Annual report on the working of the mental hospitals in the Madras Presidency - 1912-1932
Year: 1912
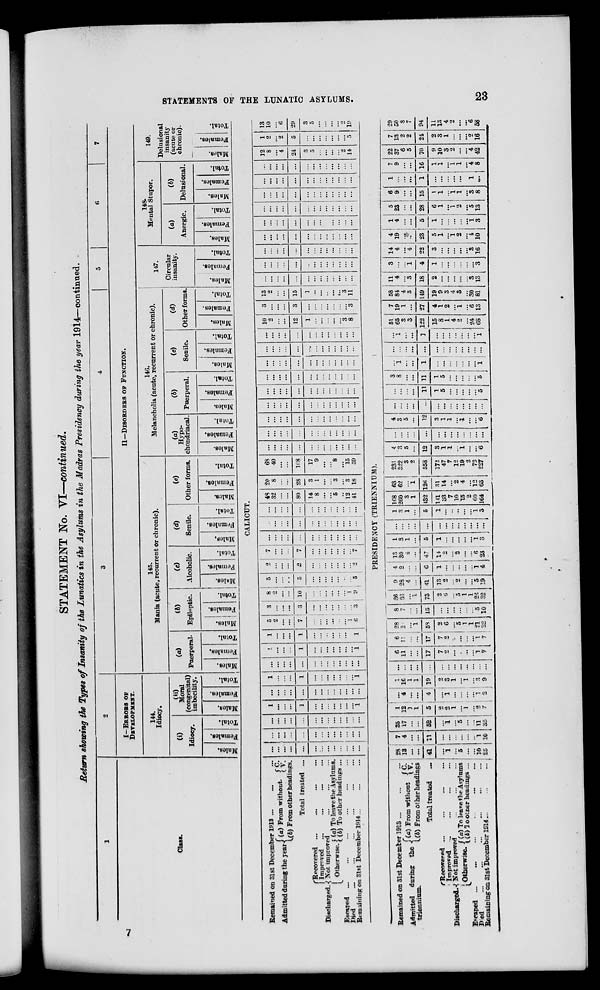
STATEMENTS OF THE LUNATIC ASYLUMS.
23
STATEMENT No. VI—continued.
Return showing the Types of Insanity of the Lunatics in the Asylums in the Madras Presidency during the year 1914—continued.
1
Class.
2
I-ERRORS
OF
DEVELOPMENT.
144.
Idiocy.
(i)
Idiocy.
Males.
Females.
Total.
(ii)
Moral
(congenital)
imbecility.
Males.
Females.
Total.
3
4
5
6
7
II—DISORDERS OF FUNCTION.
145.
Mania (acute, recurrent or chronic).
(a)
Puerperal
Males.
Females.
Total.
(b)
Epileptic.
Males.
Females.
Total.
(c)
Alcoholic.
Males.
Females.
Total.
(d)
Senile.
Males.
Females.
Total.
(e)
Other forms.
Males.
Females.
Total.
14G.
Melancholia (acute, recurrent or chronic).
(a)
Hypo-
chondriacal.
Males.
Females.
Total.
(b)
Puerperal.
Males.
Females.
Total.
(c)
Senile.
Males.
Females.
Total.
(d)
Other forms.
Males.
Females.
Total.
147.
Circular
insanity.
Males.
Females.
Total.
148.
Mental Stupor.
(a)
Anergic.
Males.
Females.
Total.
(b)
Delusional.
Males.
Females.
Total.
149.
Delusional
insanity
(acute or
chronic).
Males.
Females.
Total.
CALICUT.
Remained on 31st December 1913 ... ... ...
Admitted during the year
(a) From without.
(b) From other headings
C.
V.
Total treated
...
Discharged.
Recovered ...
...
...
...
Improved
...
...
...
...
Not improved ... ... ...
Otherwise. (a) To leave the Asylums.
(b) To other headings. ...
Escaped
...
...
...
...
...
...
Died
...
...
...
...
...
...
Remaining on 31st December 1914 ...
...
...
...
...
...
...
...
...
...
...
...
...
...
...
...
...
...
...
...
...
...
...
...
...
...
...
...
...
...
...
...
...
...
...
...
...
...
...
...
...
...
1
...
...
...
1
...
...
...
...
...
...
...
1
...
...
...
...
...
...
...
...
...
...
...
...
...
1
...
...
...
1
...
...
...
...
...
...
...
1
...
...
...
...
...
...
...
...
...
...
...
...
...
1
...
...
1
...
...
...
...
...
...
...
1
1
...
...
...
1
...
...
...
...
...
...
...
1
5
2
...
...
7
...
...
...
...
...
...
1
6
3
...
...
...
3
...
...
...
...
...
...
...
3
8
2
...
...
10
...
...
...
...
...
...
1
9
5
...
...
...
5
...
...
...
...
...
...
...
5
2
...
...
...
2
...
...
...
...
...
...
...
2
7
...
...
...
7
...
...
...
...
...
...
...
7
...
...
...
...
...
...
...
...
...
...
...
...
...
...
...
...
...
...
...
...
...
...
...
...
...
...
...
...
...
...
...
...
...
...
...
...
...
...
...
48
32
...
...
80
14
8
...
...
5
...
12
41
20
8
...
...
28
3
1
...
...
3
...
3
18
68
40
...
...
108
17
9
...
...
8
...
15
59
...
...
...
...
...
...
...
...
...
...
...
...
...
...
...
...
...
...
...
...
...
...
...
...
...
...
...
...
...
...
...
...
...
...
...
...
...
...
...
...
...
...
...
...
...
...
...
...
...
...
...
...
...
...
...
...
...
...
...
...
...
...
...
...
...
...
...
...
...
...
...
...
...
...
...
...
...
...
...
...
...
...
...
...
...
...
...
...
...
...
...
...
...
...
...
...
...
...
...
. ..
. ..
...
...
...
...
...
...
...
...
...
...
...
...
...
...
...
...
10
2
...
...
12
1
...
...
...
...
...
3
8
3
...
...
...
3
...
...
...
...
...
...
...
3
13
2
...
...
15
1
...
...
...
...
...
3
11
...
...
...
...
...
...
...
...
...
...
...
...
...
...
...
...
...
...
...
. ..
. ..
...
...
. ..
. ..
...
...
...
...
...
...
...
...
...
...
...
...
...
...
...
...
...
...
...
...
...
...
...
...
...
. ..
...
...
...
...
...
...
...
...
. ..
...
. ..
. ..
...
...
...
...
...
...
...
...
...
...
. ..
. ..
...
...
...
...
...
...
...
...
...
...
...
...
...
...
...
...
...
...
...
...
...
...
...
...
...
...
...
...
...
...
...
...
...
...
...
...
...
...
...
...
...
...
12
8
...
4
24
3
5
...
...
...
...
2
14
1
2
...
2
5
...
...
...
...
...
...
...
5
13
10
...
6
29
3
5
...
...
...
...
2
19
PRESIDENCY (TRIENNIUM).
Remained on 31st December 1913 ... ... ...
Admitted
during
the
triennium.
(a) From without
C.
V.
1(b) From other headings
Total treated
...
Discharged.
Recovered. ...
...
...
...
Improved
...
... ... ...
Not
improved
... ... ... ...
Otherwise. (a) To leave the Asylums
(b) To other headings ...
Escaped
...
...
...
...
...
...
...
Died
... ... ... ... ... ... ...
Remaining on 31st December 1914
...
...
...
28
13
...
...
41
...
1
...
5
...
. ..
10
25
7
4
...
...
11
...
...
...
...
. ..
...
1
10
35
17
...
...
52
...
1
...
5
...
...
11
35
1
12
1
1
5
2
2
1
....
1
...
2
7
...
4
...
...
4
...
...
...
...
...
...
...
2
1
16
1
1
19
2
3
1
1
1
...
3
9
...
...
...
...
...
...
...
...
...
...
...
...
...
6
11
...
...
17
7
2
...
...
...
...
1
7
6
11
...
...
17
7
2
...
...
...
...
1
7
28
2
...
1
58
2
6
...
5
1
1
21
22
8
7
...
...
15
...
...
...
...
...
...
5
10
36
36
...
1
73
2
6
...
5
1
1
26
32
9
28
4
...
41
13
2
2
...
...
5
19
4
2
...
...
6
1
...
...
...
...
...
1
4
13
30
4
...
47
14
2
...
2
...
...
6
23
1
3
1
...
5
1
...
...
. ..
. ..
. ..
1
3
...
...
...
...
...
...
...
...
...
...
...
...
...
1
3
1
...
5
1
...
...
...
...
...
1
3
168
260
3
1
432
141
33
7
10
15
2
60
164
63
62
...
1
126
31
14
...
2
4
...
12
63
231
322
3
2
558
172
47
7
12
19
2
72
227
4
3
5
...
12
3
1
1
...
1
...
...
6
...
...
...
...
...
...
...
...
...
...
...
...
...
4
3
5
...
12
3
1
1
...
1
...
...
6
...
...
...
...
...
...
...
...
...
....
. ..
. ..
...
...
...
...
...
11
1
5
...
...
...
...
....
5
3
8
...
...
11
1
5
...
...
...
...
...
5
...
1
...
...
1
...
...
...
...
...
...
...
1
...
...
...
...
...
...
...
...
...
...
...
...
...
...
1
...
...
1
1
...
...
...
...
...
...
1
51
65
3
3
122
15
8
1
4
2
...
24
68
7
19
1
...
27
4
1
2
...
1
...
6
13
58
84
4
3
149
19
9
3
4
3
...
30
81
11
4
...
3
18
2
...
...
...
...
...
3
13
3
...
...
1
4
1
...
...
...
...
...
...
3
14
4
...
4
22
3
...
...
...
...
...
3
16
4
19
...
...
23
5
1
...
1
2
...
4
10
1
4
...
...
5
1
...
...
...
...
...
1
3
5
23
...
...
28
6
1
...
1
2
. ..
5
13
6
9
...
...
15
1
1
...
1
1
...
3
8
1
...
...
...
1
...
...
...
...
...
...
1
...
7
9
...
...
16
1
1
...
1
1
...
4
8
22
37
6
5
70
9
10
3
2
...
...
4
42
7
13
2
2
24
2
3
1
...
...
...
2
16
29
50
8
7
94
11
13
4
2
...
...
6
58
7